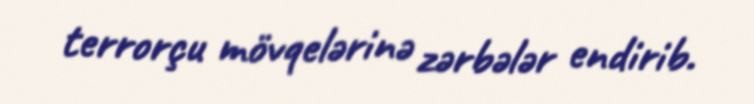
terrorçu mövqelərinə zərbələr endirib.